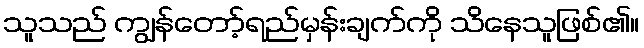
သူသည် ကျွန်တော့်ရည်မှန်းချက်ကို သိနေသူဖြစ်၏။